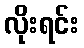
လိုးရင်း